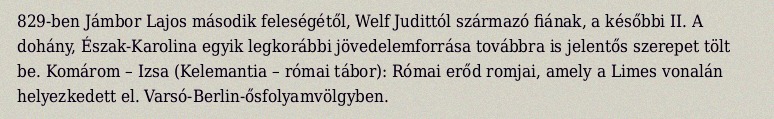
829-ben Jámbor Lajos második feleségétől, Welf Judittól származó fiának, a későbbi II. A dohány, Észak-Karolina egyik legkorábbi jövedelemforrása továbbra is jelentős szerepet tölt be. Komárom – Izsa (Kelemantia – római tábor): Római erőd romjai, amely a Limes vonalán helyezkedett el. Varsó-Berlin-ősfolyamvölgyben.